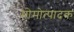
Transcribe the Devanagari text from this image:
मोमोत्पादक